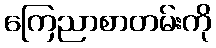
ကြေညာစာတမ်းကို